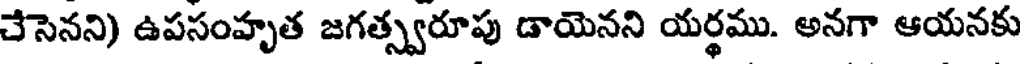
చేసెనని) ఉపసంహృత జగత్స్వరూపు డాయెనని యర్థము. అనగా ఆయనకు